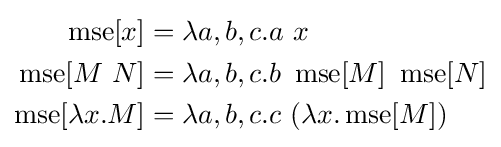
{\begin{aligned}\operatorname {mse} [x]&=\lambda a,b,c.a\ x\\\operatorname {mse} [M\ N]&=\lambda a,b,c.b\ \operatorname {mse} [M]\ \operatorname {mse} [N]\\\operatorname {mse} [\lambda x.M]&=\lambda a,b,c.c\ (\lambda x.\operatorname {mse} [M])\\\end{aligned}}